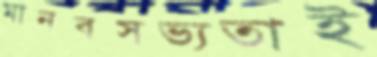
মানবসভ্যতাই